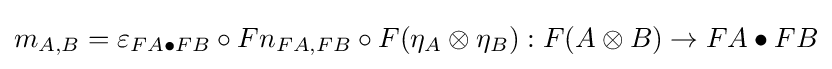
m_{A,B}=\varepsilon _{FA\bullet FB}\circ Fn_{FA,FB}\circ F(\eta _{A}\otimes \eta _{B}):F(A\otimes B)\to FA\bullet FB